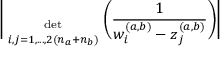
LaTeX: \Bigg | { \; \atop { \mathrm { d e t } \atop { \scriptstyle i , j = 1 , . . . , 2 ( n _ { a } + n _ { b } ) } } } \Bigg ( \frac { 1 } { w _ { i } ^ { ( a , b ) } - z _ { j } ^ { ( a , b ) } } \Bigg ) \Bigg |